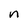
Character: n